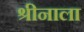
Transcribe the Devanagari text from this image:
श्रीनाला